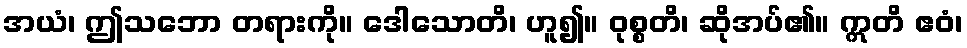
အယံ၊ ဤသဘော တရားကို။ ဒေါသောတိ၊ ဟူ၍။ ဝုစ္စတိ၊ ဆိုအပ်၏။ ဣတိ ဧဝံ၊